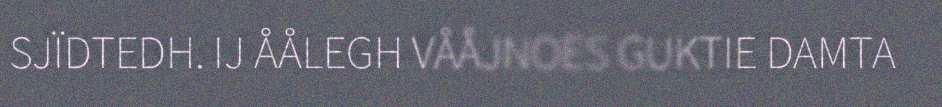
SJÏDTEDH. IJ ÅÅLEGH VÅÅJNOES GUKTIE DAMTA